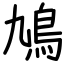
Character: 鳩